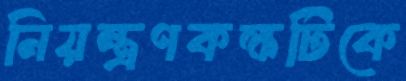
নিয়ন্ত্রণকক্ষটিকে